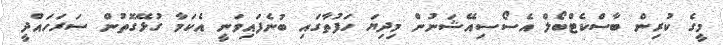
މީގެ ކުރިން ބާސްކެޓްބޯލް އެސޯސިއޭޝަނުން މިދިޔަ ހަފުތާގައި ބުނެފައިވަނީ އެކަމާ ގުޅޭގޮތުން ސަރަހައްދީ